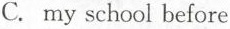
C. my school before